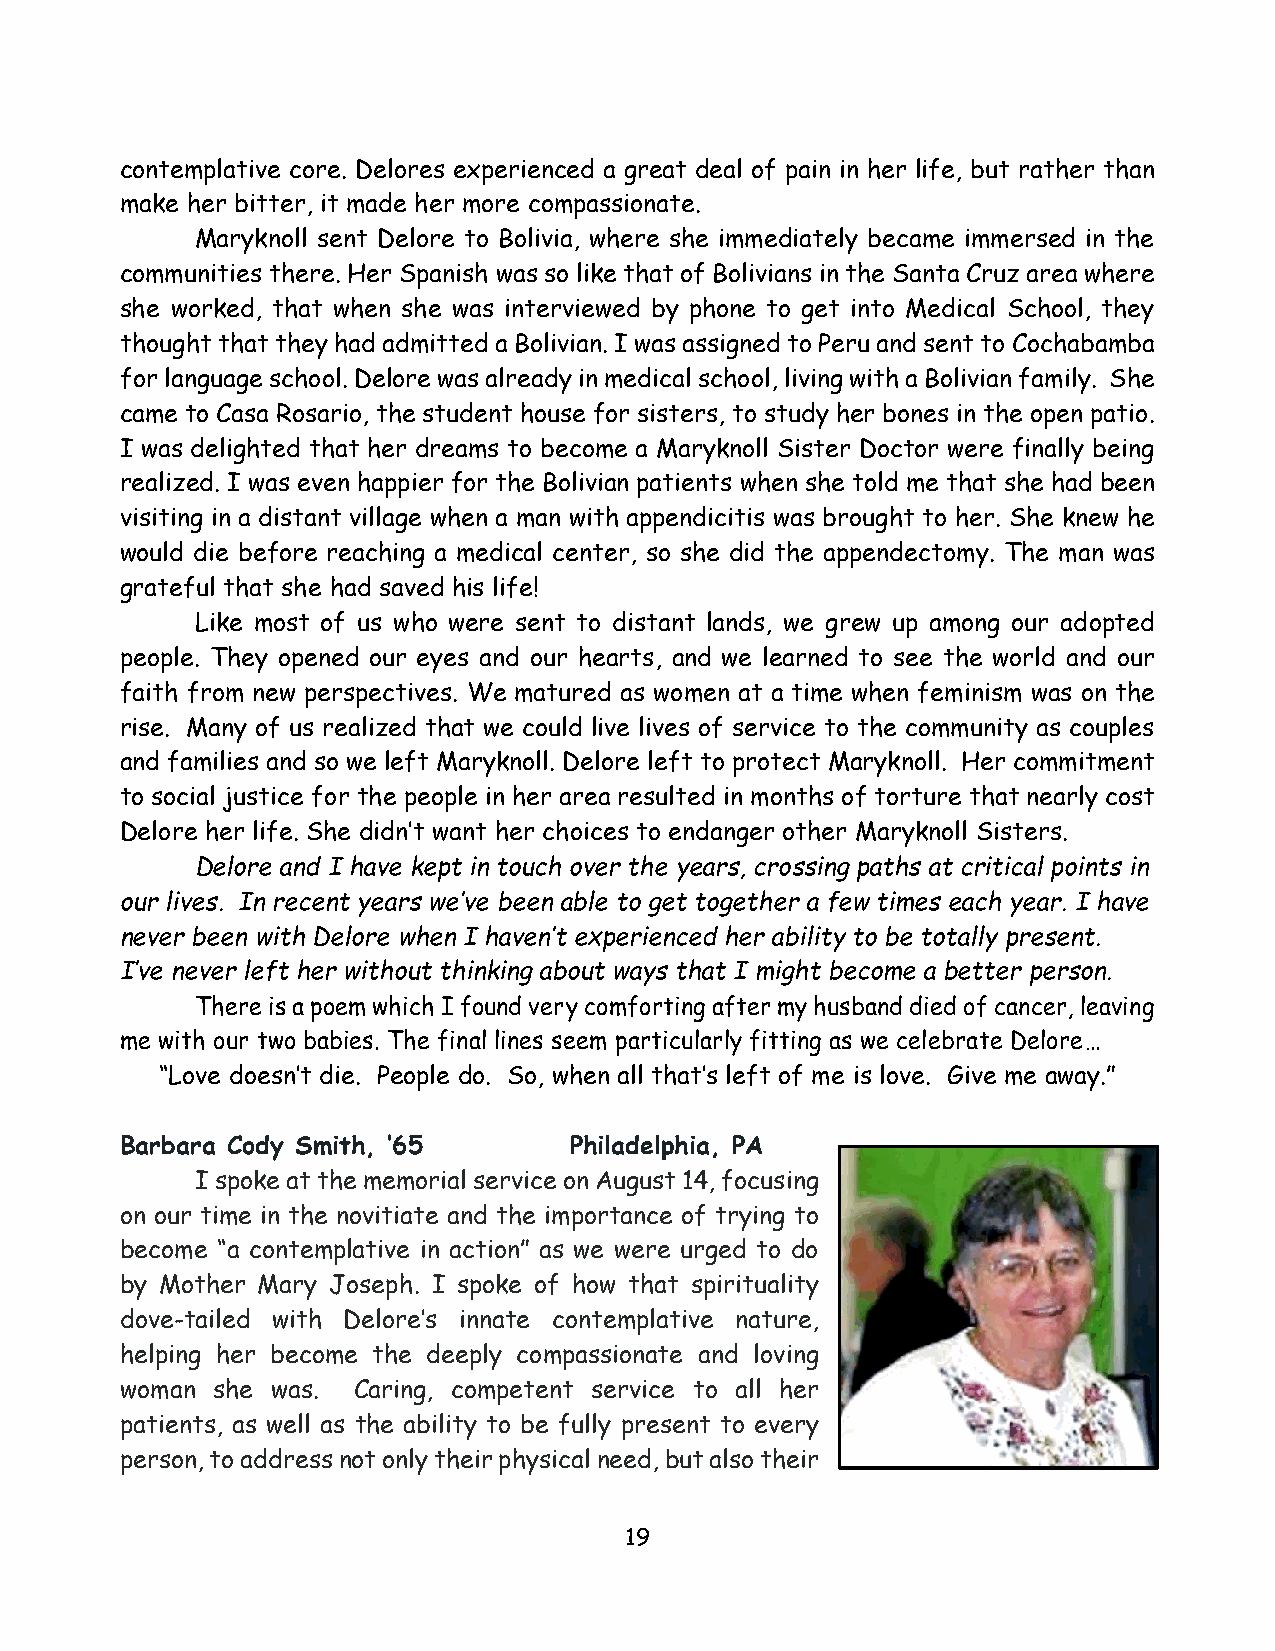
contemplative core. Delores experienced a great deal of pain in her life, but rather than
 make her bitter, it made her more compassionate.
 Maryknoll sent Delore to Bolivia, where she immediately became immersed in the
 communities there. Her Spanish was so like that of Bolivians in the Santa Cruz area where
 she worked, that when she was interviewed by phone to get into Medical School, they
 thought that they had admitted a Bolivian. I was assigned to Peru and sent to Cochabamba
 for language school. Delore was already in medical school, living with a Bolivian family. She
 came to Casa Rosario, the student house for sisters, to study her bones in the open patio.
 I was delighted that her dreams to become a Maryknoll Sister Doctor were finally being
 realized. I was even happier for the Bolivian patients when she told me that she had been
 visiting in a distant village when a man with appendicitis was brought to her. She knew he
 would die before reaching a medical center, so she did the appendectomy. The man was
 grateful that she had saved his life!
 Like most of us who were sent to distant lands, we grew up among our adopted
 people. They opened our eyes and our hearts, and we learned to see the world and our
 faith from new perspectives. We matured as women at a time when feminism was on the
 rise. Many of us realized that we could live lives of service to the community as couples
 and families and so we left Maryknoll. Delore left to protect Maryknoll. Her commitment
 to social justice for the people in her area resulted in months of torture that nearly cost
 Delore her life. She didn’t want her choices to endanger other Maryknoll Sisters.
 Delore and I have kept in touch over the years, crossing paths at critical points in
 our lives. In recent years we’ve been able to get together a few times each year. I have
 never been with Delore when I haven’t experienced her ability to be totally present.
 I’ve never left her without thinking about ways that I might become a better person.
 There is a poem which I found very comforting after my husband died of cancer, leaving
 me with our two babies. The final lines seem particularly fitting as we celebrate Delore…
 “Love doesn’t die. People do. So, when all that’s left of me is love. Give me away.”
 Barbara Cody Smith, ’65       Philadelphia, PA
 I spoke at the memorial service on August 14, focusing
 on our time in the novitiate and the importance of trying to
 become “a contemplative in action” as we were urged to do
 by Mother Mary Joseph. I spoke of how that spirituality
 dove-tailed with Delore’s innate contemplative nature,
 helping her become the deeply compassionate and loving
 woman she was. Caring, competent service to all her
 patients, as well as the ability to be fully present to every
 person, to address not only their physical need, but also their
 19